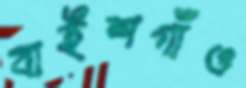
বাইশগাঁও